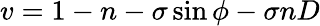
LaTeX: v=1-n-\sigma\sin{\phi}-\sigma nD